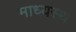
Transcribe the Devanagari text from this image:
माध्यस्थ